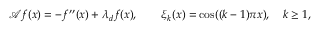
\begin{array} { r } { \mathcal { A } f ( x ) = - f ^ { \prime \prime } ( x ) + \lambda _ { d } f ( x ) , \quad \quad \xi _ { k } ( x ) = \cos ( ( k - 1 ) \pi x ) , \quad k \geq 1 , } \end{array}